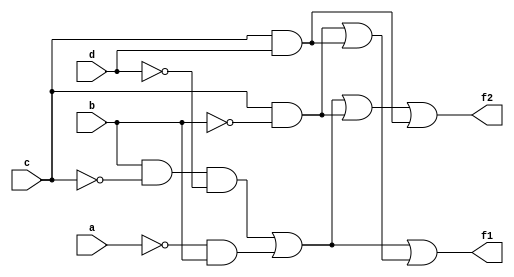
module l2q1a(a,b,c,d,f1,f2);
input a,b,c,d;
output f1,f2;
and(k1,b,~c,~d);
and(k2,~a,b);
and(k3,c,~b);
and(k4,c,d);
or(k5,k1,k2);
or(k6,k3,k4);
or(f1,k5,k6);
assign f2=((b&~c)&~d)|(~a&b)|(c&~b)|(c&d);
endmodule